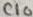
Text: c10